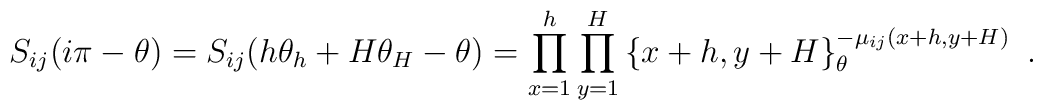
S_{ij}(i\pi -\theta )=S_{ij}(h\theta _{h}+H\theta _{H}-\theta)=\prod\limits_{x=1}^{h}\prod\limits_{y=1}^{H}\left\{ x+h,y+H\right\}_{\theta }^{-\mu _{ij}(x+h,y+H)}\,\,.